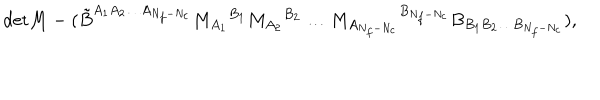
\mathrm { d e t } M - ( \tilde { B } ^ { A _ { 1 } A _ { 2 } \ldots A _ { N _ { f } - N _ { c } } } M _ { A _ { 1 } } { } ^ { B _ { 1 } } M _ { A _ { 2 } } { } ^ { B _ { 2 } } \ldots M _ { A _ { N _ { f } - N _ { c } } } { } ^ { B _ { N _ { f } - N _ { c } } } B _ { B _ { 1 } B _ { 2 } \ldots B _ { N _ { f } - N _ { c } } } ) ,